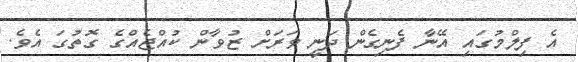
އެ ފިލްމުގައި އޭނާ ފެނިގެން ދަނީ ވަރަށް ޒުވާން ކުއްޖެއްގެ ގޮތުގަ އެވެ.